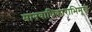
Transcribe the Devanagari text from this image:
मानवाधिकाराभिमूख